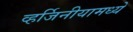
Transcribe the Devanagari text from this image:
व्हर्जिनीयामध्ये